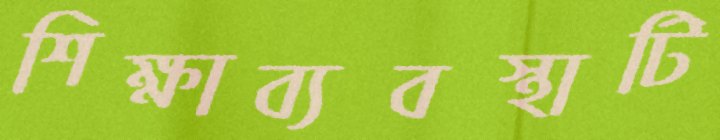
শিক্ষাব্যবস্থাটি